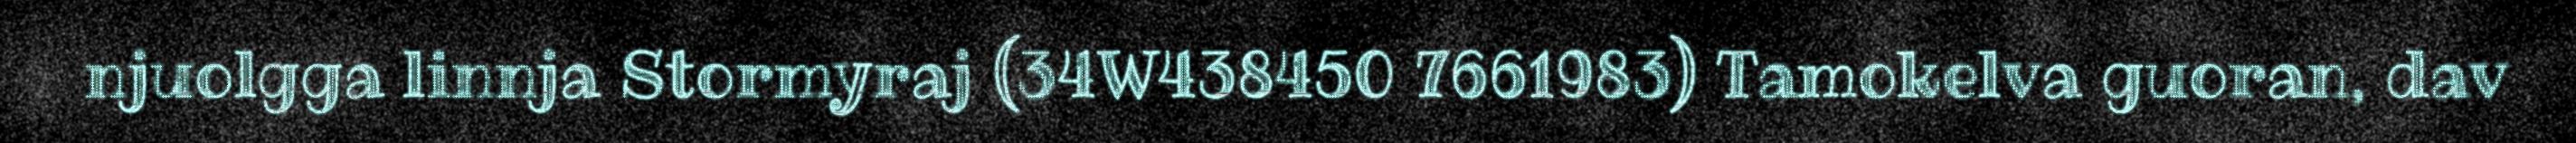
njuolgga linnja Stormyraj (34W438450 7661983) Tamokelva guoran, dav